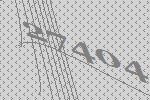
27404